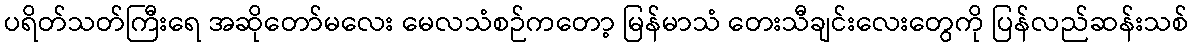
ပရိတ်သတ်ကြီးရေ အဆိုတော်မလေး မေလသံစဉ်ကတော့ မြန်မာသံ တေးသီချင်းလေးတွေကို ပြန်လည်ဆန်းသစ်